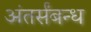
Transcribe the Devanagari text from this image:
अंतर्संबन्ध